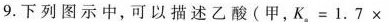
9.下列图示中，可以描述乙酸(甲，K。=1.7×